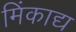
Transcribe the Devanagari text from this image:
मिंकाद्य